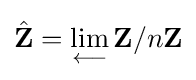
{\hat {\mathbf {Z} }}=\lim _{\longleftarrow }\mathbf {Z} /n\mathbf {Z}